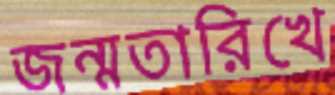
জন্মতারিখে